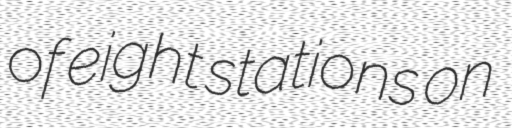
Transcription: of eight stations on